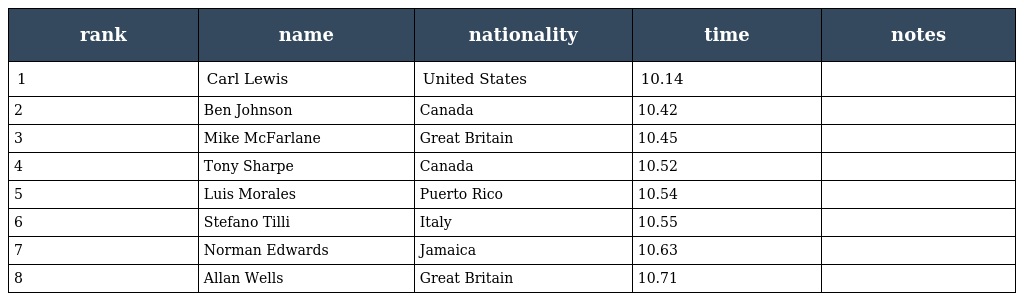
| rank | name | nationality | time | notes |
 | --- | --- | --- | --- | --- |
 | 1 | Carl Lewis | United States | 10.14 |  |
 | 2 | Ben Johnson | Canada | 10.42 |  |
 | 3 | Mike McFarlane | Great Britain | 10.45 |  |
 | 4 | Tony Sharpe | Canada | 10.52 |  |
 | 5 | Luis Morales | Puerto Rico | 10.54 |  |
 | 6 | Stefano Tilli | Italy | 10.55 |  |
 | 7 | Norman Edwards | Jamaica | 10.63 |  |
 | 8 | Allan Wells | Great Britain | 10.71 |  |